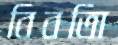
বিবতিা